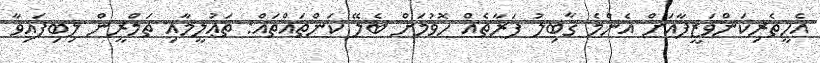
އެހީތެރިކަންވަޒީފާއަށް އެންމެ ޤާބިލު ފަރާތެއް ހޮވުމަށް ބެލޭ ކަންތައްތައް: ތަޢުލީމާއި ތަމްރީން ލިބިފައިވާ